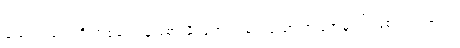
ချမ်းသာတွေကို အစွမ်းကုန် ခံစားနိုင်အောင် စွမ်းသော အပြုအမူပင် ဖြစ်သည် မှတ်။